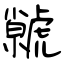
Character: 虩